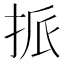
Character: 挀